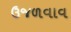
ઉજળવાવ